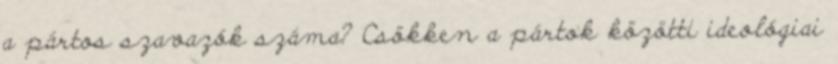
a pártos szavazók száma? Csökken a pártok közötti ideológiai